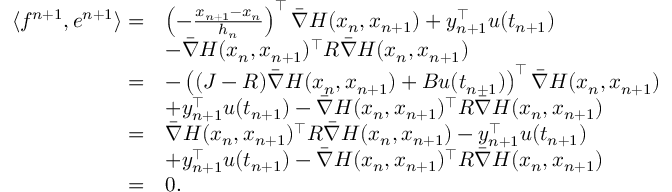
\begin{array} { r l } { \langle f ^ { n + 1 } , e ^ { n + 1 } \rangle = } & { \left( - \frac { x _ { n + 1 } - x _ { n } } { h _ { n } } \right) ^ { \top } \bar { \nabla } H ( x _ { n } , x _ { n + 1 } ) + y _ { n + 1 } ^ { \top } u ( t _ { n + 1 } ) } \\ & { - \bar { \nabla } H ( x _ { n } , x _ { n + 1 } ) ^ { \top } R \bar { \nabla } H ( x _ { n } , x _ { n + 1 } ) } \\ { = } & { - \left( ( J - R ) \bar { \nabla } H ( x _ { n } , x _ { n + 1 } ) + B u ( t _ { n + 1 } ) \right) ^ { \top } \bar { \nabla } H ( x _ { n } , x _ { n + 1 } ) } \\ & { + y _ { n + 1 } ^ { \top } u ( t _ { n + 1 } ) - \bar { \nabla } H ( x _ { n } , x _ { n + 1 } ) ^ { \top } R \bar { \nabla } H ( x _ { n } , x _ { n + 1 } ) } \\ { = } & { \bar { \nabla } H ( x _ { n } , x _ { n + 1 } ) ^ { \top } R \bar { \nabla } H ( x _ { n } , x _ { n + 1 } ) - y _ { n + 1 } ^ { \top } u ( t _ { n + 1 } ) } \\ & { + y _ { n + 1 } ^ { \top } u ( t _ { n + 1 } ) - \bar { \nabla } H ( x _ { n } , x _ { n + 1 } ) ^ { \top } R \bar { \nabla } H ( x _ { n } , x _ { n + 1 } ) } \\ { = } & { 0 . } \end{array}